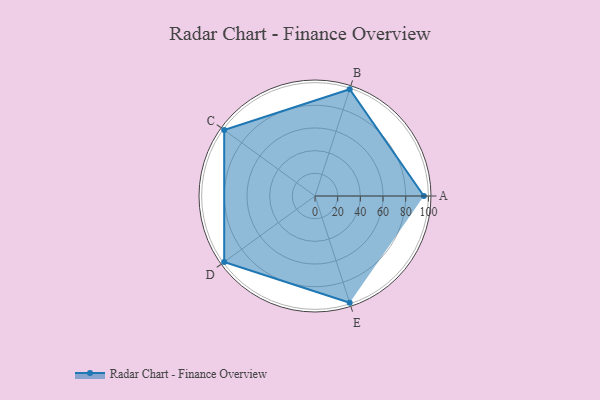
{"axis": {"x": "Skill", "y": "Score"}, "legend": ["Profile"], "data": [{"x": "A", "y": 96.0, "type": "Profile"}, {"x": "B", "y": 99.0, "type": "Profile"}, {"x": "C", "y": 99, "type": "Profile"}, {"x": "D", "y": 99, "type": "Profile"}, {"x": "E", "y": 99, "type": "Profile"}]}